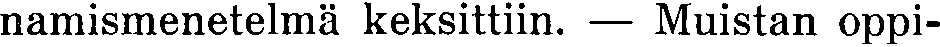
namismenetelmä keksittiin. — Muistan oppi-